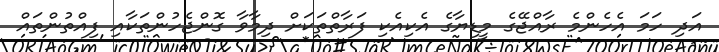
އަދި ހަމަ އެހެންމެ ރާއްޖޭގެ މީޑިޔާގެ އެކިއެކި ފަރާތްތަކަށް ދިމާވާ ގޮންޖެހުންތަކާއި ފިއްތުންތައް